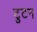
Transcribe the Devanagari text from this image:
टुटन